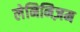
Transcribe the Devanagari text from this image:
लेनिनिज़म